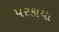
પરકાયા